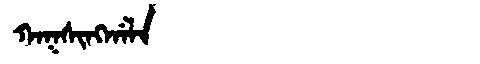
Manchu: ᡴᠠᡴᠰᡳᠩᡤᠠᠯᠠ
Romanization: KAKSINGGALA